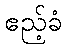
ဧည့်ခံ